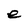
Character: e